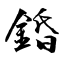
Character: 錉